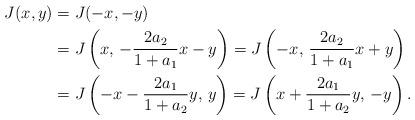
LaTeX: \begin{align*}J(x, y)&=J(-x, -y)\\&=J\left(x,\, -\frac{2a_2}{1+a_1}x-y\right)=J\left(-x,\, \frac{2a_2}{1+a_1}x+y\right)\\&=J\left(-x-\frac{2a_1}{1+a_2}y,\,y\right)=J\left(x+\frac{2a_1}{1+a_2}y,\,-y\right).\end{align*}